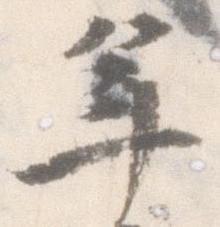
年